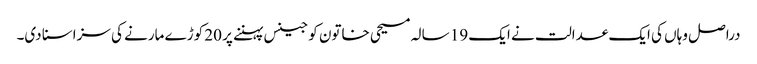
دراصل وہاں کی ایک عدالت نے ایک 19 سالہ مسیحی خاتون کو جینس پہننے پر 20 کوڑے مارنے کی سزاسنا دی۔